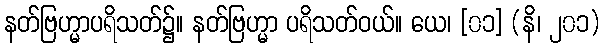
နတ်ဗြဟ္မာပရိသတ်၌။ နတ်ဗြဟ္မာ ပရိသတ်ဝယ်။ ယေ၊ [၀၁] (နိ၊ ၂၀၁)